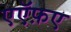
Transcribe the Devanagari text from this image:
एऍफ़ए